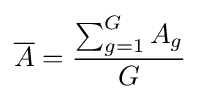
{\overline {A}}={\frac {\sum _{g=1}^{G}A_{g}}{G}}